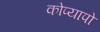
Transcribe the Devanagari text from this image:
कोप्यापो